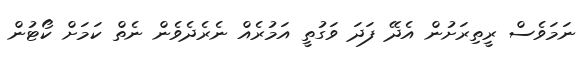
ނަމަވެސް ރީތިރަށުން އެދޭ ފަދަ ވަގުތީ އަމުރެއް ނެރެދެވެން ނެތް ކަމަށް ކޯޓުން